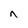
Character: n